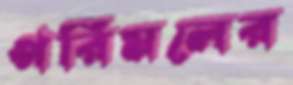
পরিমলের